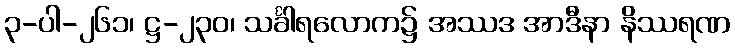
၃-ပါ-၂၆၁၊ ဋ္ဌ-၂၃၀၊ သင်္ခါရလောက၌ အဿဒ အာဒီနာ နိဿရဏ